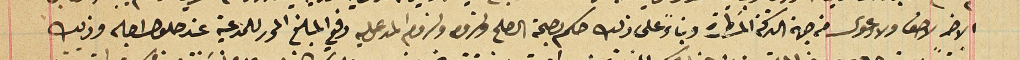
الاخر لاحق ولا دعوى من جهة التركة المسَطرة وبناءً على ذلك حكم بصحة الصلح ولزومه ولزوم المدعى عليه دفع المبلغ المحرر للمدعية عند حلول اجله وذلك